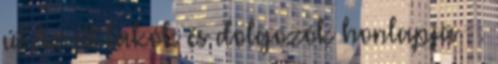
út Az itt lakók és dolgozók honlapja . .